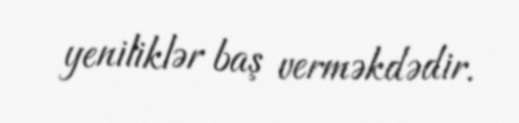
yeniliklər baş verməkdədir.